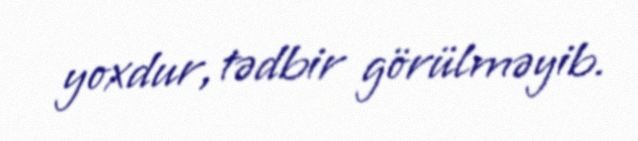
yoxdur, tədbir görülməyib.